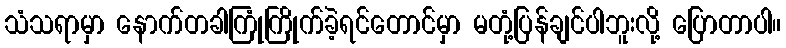
သံသရာမှာ နောက်တခါကြုံကြိုက်ခဲ့ရင်တောင်မှာ မတုံ့ပြန်ချင်ပါဘူးလို့ ပြောတာပါ။